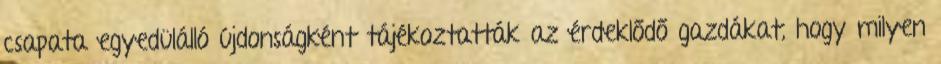
csapata egyedülálló újdonságként tájékoztatták az érdeklődő gazdákat, hogy milyen